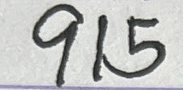
915